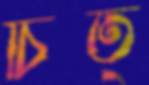
চিত্